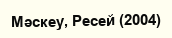
Мәскеу, Ресей (2004)